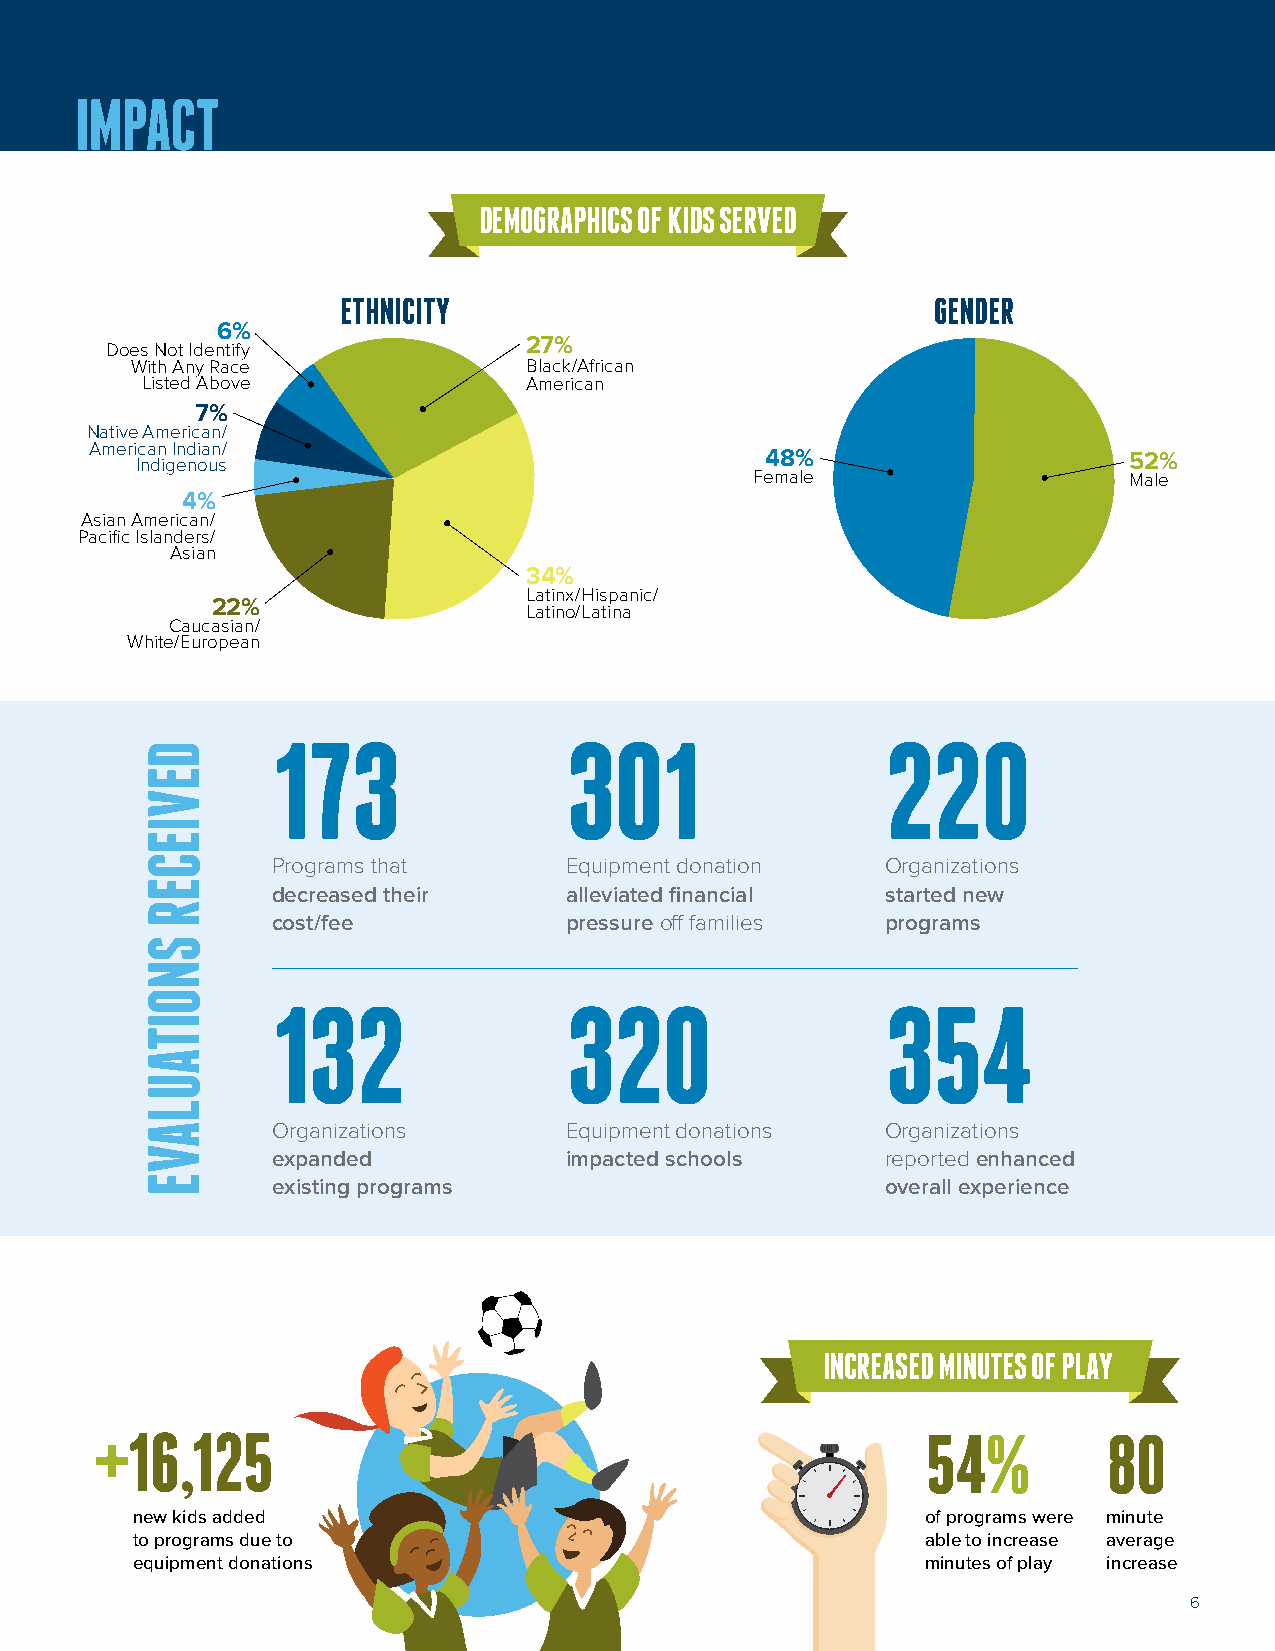
IMPACT
 DEMOGRAPHICS OF KIDS SERVED
 ETHNICITY                              GENDER
 6%
 27%
 Does Not Identify
 With Any Race             Black/African
 Listed Above              American
 7%
 Native American/
 American Indian/
 Indigenous                                48%                     52%
 Female                   Male
 4%
 Asian American/
 Pacific Islanders/
 Asian
 34%
 Latinx/Hispanic/
 22%
 Latino/Latina
 Caucasian/
 White/European
 173                301                   220
 Programs that      Equipment donation    Organizations
 decreased their    alleviated financial  started new
 cost/fee           pressure off families programs
 132                320                   354
 Organizations      Equipment donations   Organizations
 expanded           impacted schools      reported enhanced
 existing programs                        overall experience
 INCREASED MINUTES OF PLAY
 +16,125                                                54%         80
 new kids added                                      of programs were minute
 to programs due to                                  able to increase average
 equipment donations                                 minutes of play increase
 6
 DEVIECER
 SNOITAULAVE